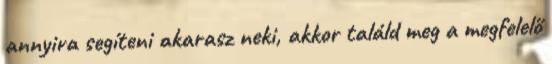
annyira segíteni akarasz neki, akkor találd meg a megfelelő